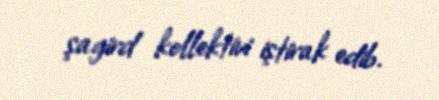
şagird kollektivi iştirak edib.